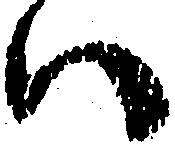
い